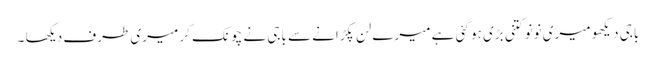
باجی دیکھو میری نونو کتنی بڑی ہو گئی ہے میرے لن پکڑانے سے باجی نے چونک کر میری طرف دیکھا ۔